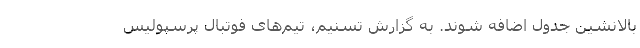
بالانشین جدول اضافه شوند. به گزارش تسنیم، تیم‌های فوتبال پرسپولیس